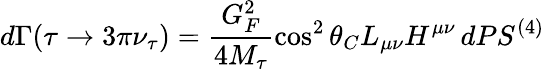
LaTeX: d\Gamma(\tau\to 3\pi\nu_{\tau})=\frac{G_{F}^{2}}{4M_{\tau}}\cos^{2}\theta_{C}L_{\mu\nu}H^{\mu\nu}\, dPS^{(4)}